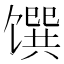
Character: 馔